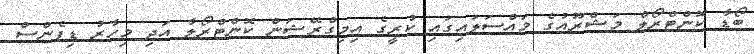
ބޯޑާ ކޮންޓްރޯލް މަޝްރޫއުގެ މައްސަލައިގައި ކުރީގެ އިމިގްރޭޝަން ކޮންޓްރޯލާ އަދި މިހާރު ޑިފެންސް